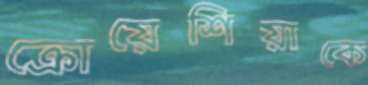
ক্রোয়েশিয়াকে